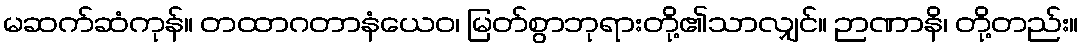
မဆက်ဆံကုန်။ တထာဂတာနံယေဝ၊ မြတ်စွာဘုရားတို့၏သာလျှင်။ ဉာဏာနိ၊ တို့တည်း။